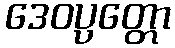
ဒေဝပ္ပတ္တော